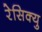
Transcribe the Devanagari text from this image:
रेसिक्यु